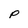
Character: P